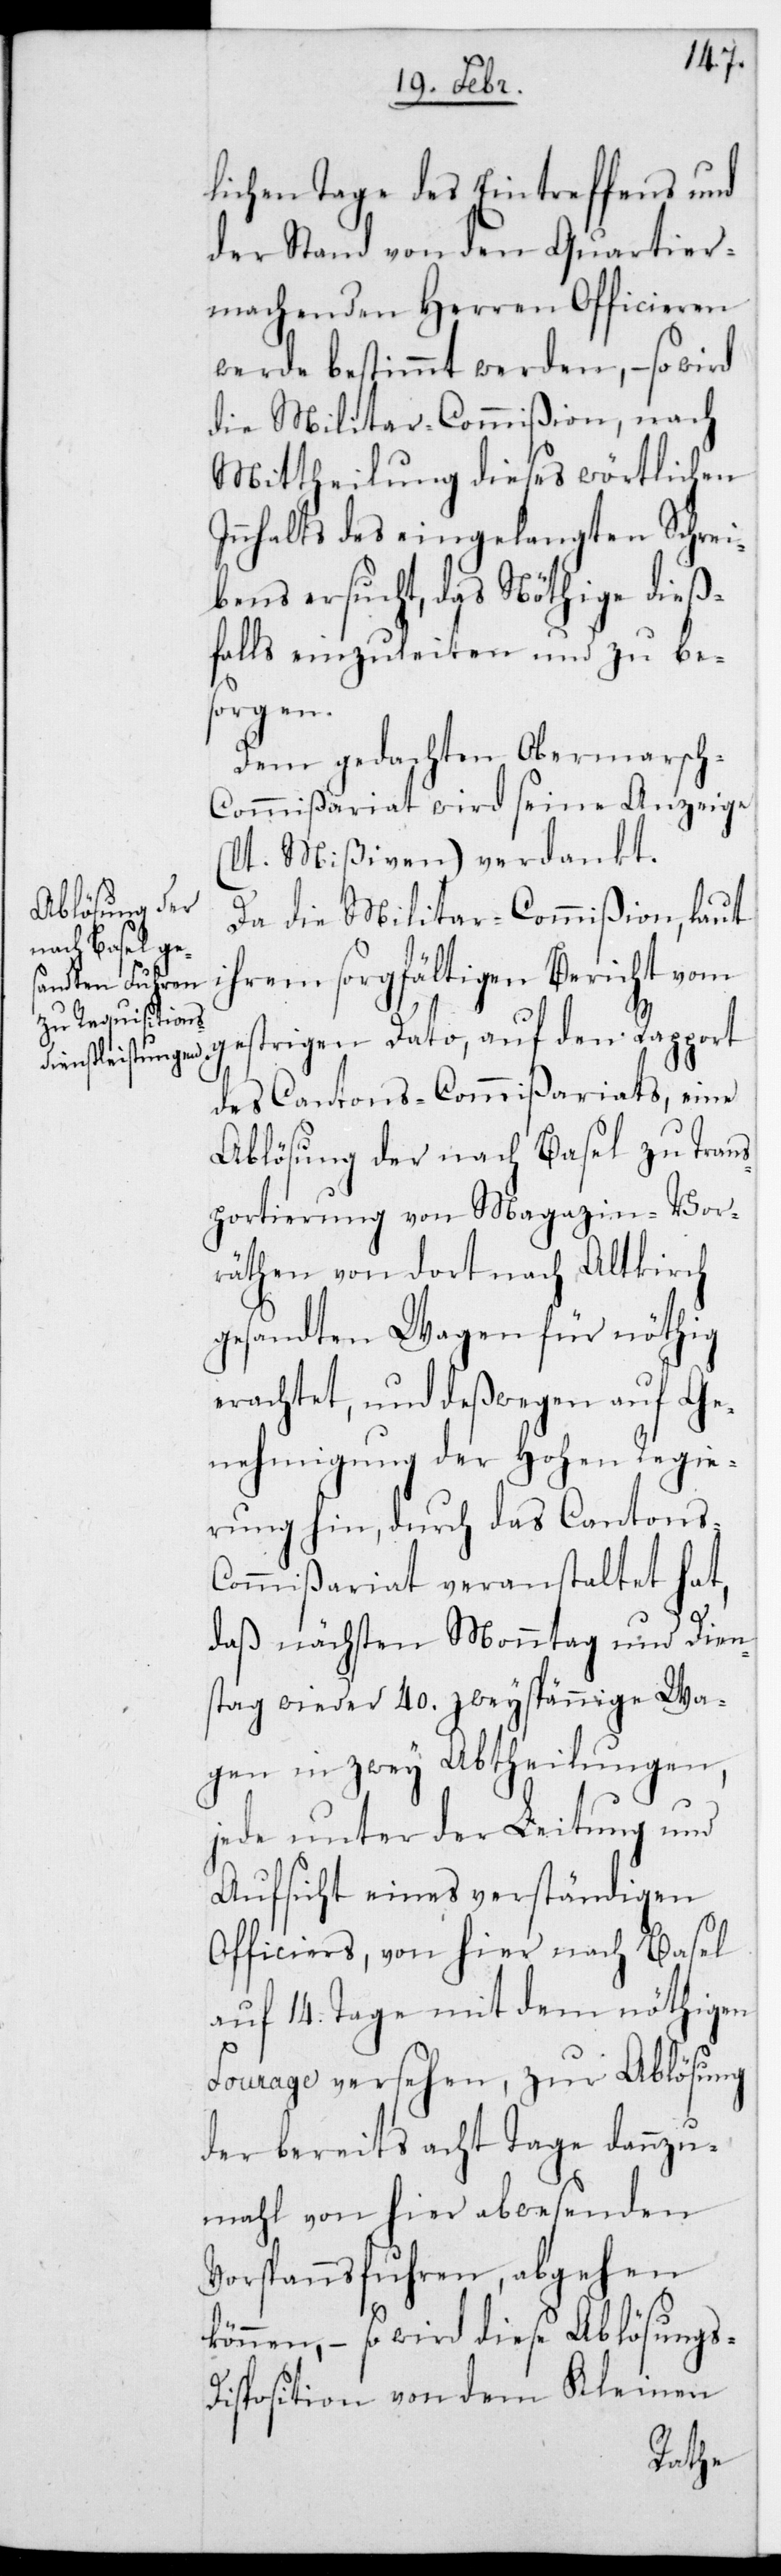
lichen Tage des Eintreffens und
der Stand von den Quartier¬
machenden Herren Officieren
werde bestimmt werden, – so wird
die Militar-Commißion, nach
Mittheilung dieses wörtlichen
Innhalts des eingelangten Schrei¬
bens ersucht, das Nöthige dieß¬
falls einzuleiten und zu be¬
sorgen.
Dem gedachten Ober-Marsc¬
h-Commißariat wird seine Anzeige
(lt. Mißiven) verdankt.
Da die Militar-Commißion laut
ihrem sorgfältigen Bericht vom
gestrigen Dato, auf den Rapport
des Cantonscommißariats, eine
Ablösung der nach Basel zu Trans¬
portierung von Magazin-Vor¬
räthen von dort nach Altkrich
gesandten Wagen für nöthig
erachtet, und deßwegen auf Ge¬
nehmigung der Hohen Regie¬
rung hin, durch das Cantons¬
commißariat veranstaltet hat,
daß nächsten Montag und Die¬
nstag wieder 40. zweyspännige Wa¬
gen in zwey Abtheilungen,
jede unter der Leitung und
Aufsicht eines verständigen
Officiers, von hier nach Basel
auf 14. Tage mit dem nöthigen
Fourage versehen, zur Ablösung
der bereits acht Tage dannzu¬
mahl von hier abwesenden
Vorspannsfuhren, abgehen
können, – so wird diese Ablösungs-D¬
isposition von dem Kleinen